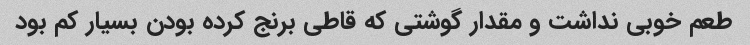
طعم خوبی نداشت و مقدار گوشتی که قاطی برنج کرده بودن بسیار کم بود